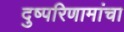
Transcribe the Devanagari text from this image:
दुष्परिणामांचा